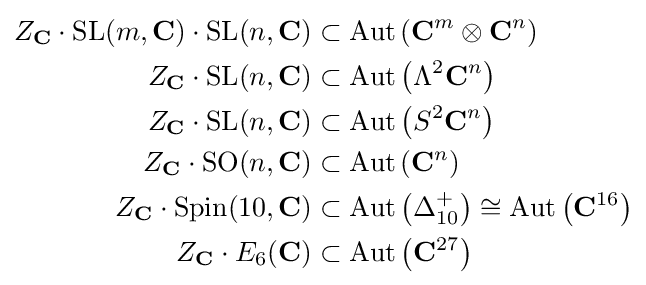
{\begin{aligned}Z_{\mathbf {C} }\cdot \mathrm {SL} (m,\mathbf {C} )\cdot \mathrm {SL} (n,\mathbf {C} )&\subset \mathrm {Aut} \left(\mathbf {C} ^{m}\otimes \mathbf {C} ^{n}\right)\\Z_{\mathbf {C} }\cdot \mathrm {SL} (n,\mathbf {C} )&\subset \mathrm {Aut} \left(\Lambda ^{2}\mathbf {C} ^{n}\right)\\Z_{\mathbf {C} }\cdot \mathrm {SL} (n,\mathbf {C} )&\subset \mathrm {Aut} \left(S^{2}\mathbf {C} ^{n}\right)\\Z_{\mathbf {C} }\cdot \mathrm {SO} (n,\mathbf {C} )&\subset \mathrm {Aut} \left(\mathbf {C} ^{n}\right)\\Z_{\mathbf {C} }\cdot \mathrm {Spin} (10,\mathbf {C} )&\subset \mathrm {Aut} \left(\Delta _{10}^{+}\right)\cong \mathrm {Aut} \left(\mathbf {C} ^{16}\right)\\Z_{\mathbf {C} }\cdot E_{6}(\mathbf {C} )&\subset \mathrm {Aut} \left(\mathbf {C} ^{27}\right)\end{aligned}}